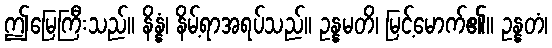
ဤမြေကြီးသည်။ နိန္နံ၊ နိမ့်ရာအရပ်သည်။ ဥန္နမတိ၊ မြင့်မောက်၏။ ဥန္နတံ၊